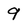
Character: 9